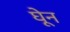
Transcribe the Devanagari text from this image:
घेून